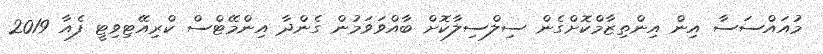
މުއައްސަސާ އިން އިންތިޒާމްކޮށްގެން ސިލްސިލާކޮށް ބާއްވަވަމުން ގެންދާ އިންމޭޓްސް ކްރިއޭޓިވިޓީ ފެއާ 2019